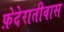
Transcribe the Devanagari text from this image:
फ़ेदेरातीवास